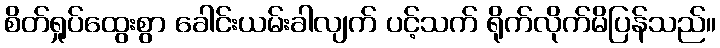
စိတ်ရှုပ်ထွေးစွာ ခေါင်းယမ်းခါလျက် ပင့်သက် ရိုက်လိုက်မိပြန်သည်။